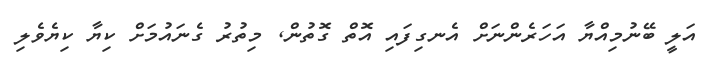
އަލީ ބޭނުމިއްޔާ އަހަރެންނަށް އެނގިފައި އޮތް ގޮތުން